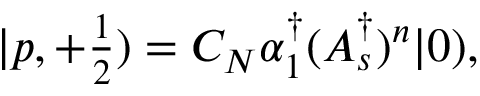
| p , + { \textstyle \frac 1 2 } ) = C _ { N } \alpha _ { 1 } ^ { \dagger } ( A _ { s } ^ { \dagger } ) ^ { n } | 0 ) ,